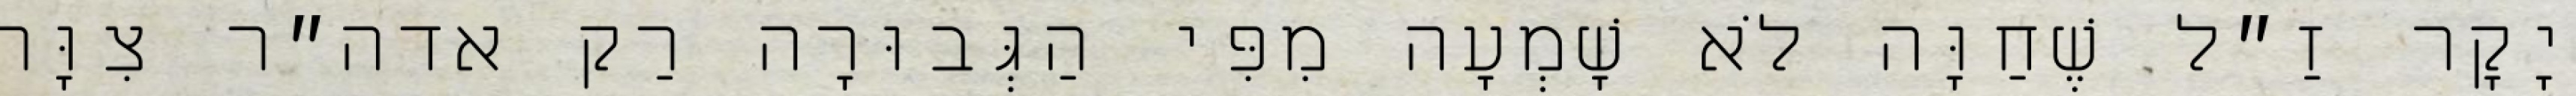
יָקָר זַ״ל שֶׁחַוָּה לֹא שָׁמְעָה מִפִּי הַגְּבוּרָה רַק אדה״ר צִוָּה